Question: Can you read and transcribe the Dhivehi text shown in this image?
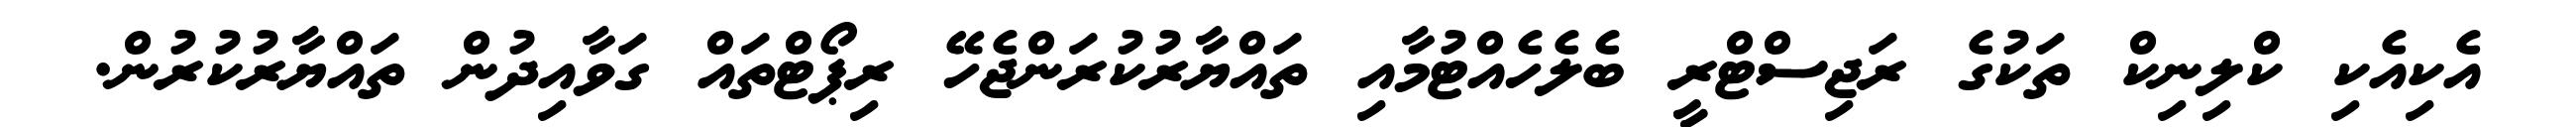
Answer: އެކިއެކި ކްލިނިކް ތަކުގެ ރަޖިސްޓްރީ ބެލެހެއްޓުމާއި ތައްޔާރުކުރަންޖެހޭ ރިޕޯޓްތައް ގަވާއިދުން ތައްޔާރުކުރުން.